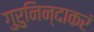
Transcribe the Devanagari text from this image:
गुरुनिन्दाकरं